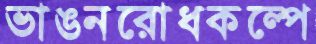
ভাঙনরোধকল্পে